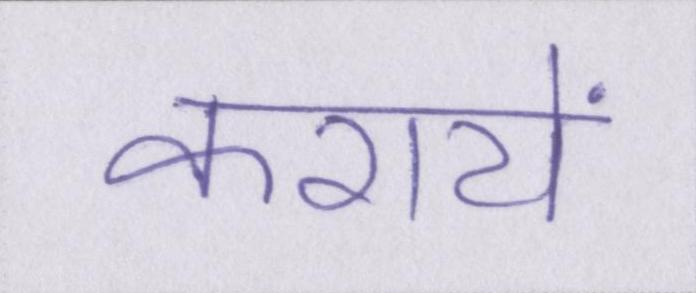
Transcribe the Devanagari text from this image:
करायें